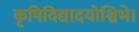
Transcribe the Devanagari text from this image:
कृषिविद्यादयोश्विभे।